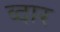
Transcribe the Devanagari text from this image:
व्दार